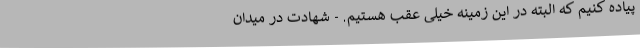
پیاده کنیم که البته در این زمینه خیلی عقب هستیم. - شهادت در میدان